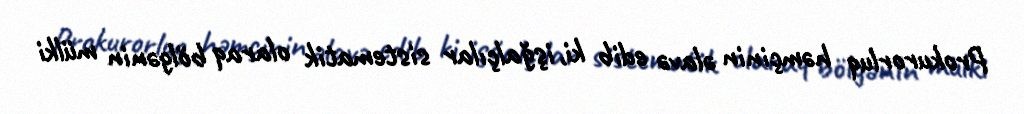
Prokurorluq həmçinin əlavə edib ki, işğalçılar sistematik olaraq bölgənin mülki